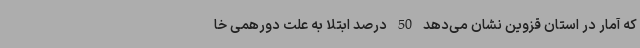
که آمار در استان قزوین نشان می‌دهد 50 درصد ابتلا به علت دورهمی خا